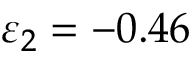
\varepsilon _ { 2 } = - 0 . 4 6